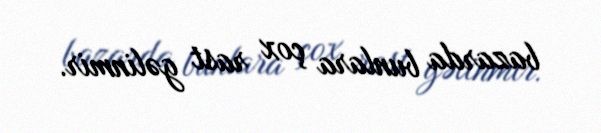
bazarda bunlara çox rast gəlinmir.